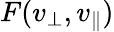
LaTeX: F(v_{\perp},v_{\parallel})